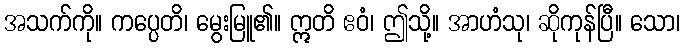
အသက်ကို။ ကပ္ပေတိ၊ မွေးမြူ၏။ ဣတိ ဧဝံ၊ ဤသို့။ အာဟံသု၊ ဆိုကုန်ပြီ။ သော၊